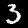
Label: 3